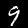
Label: 9